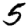
Digit: 5